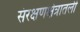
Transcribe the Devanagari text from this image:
संरक्षणक्षेत्रातली